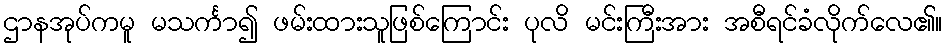
ဌာနအုပ်ကမူ မသင်္ကာ၍ ဖမ်းထားသူဖြစ်ကြောင်း ပုလိ မင်းကြီးအား အစီရင်ခံလိုက်လေ၏။